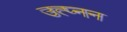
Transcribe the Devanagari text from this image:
उत्प्नन